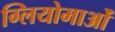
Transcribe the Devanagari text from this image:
ग्लियोमाओं